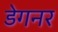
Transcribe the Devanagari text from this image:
डेगनर